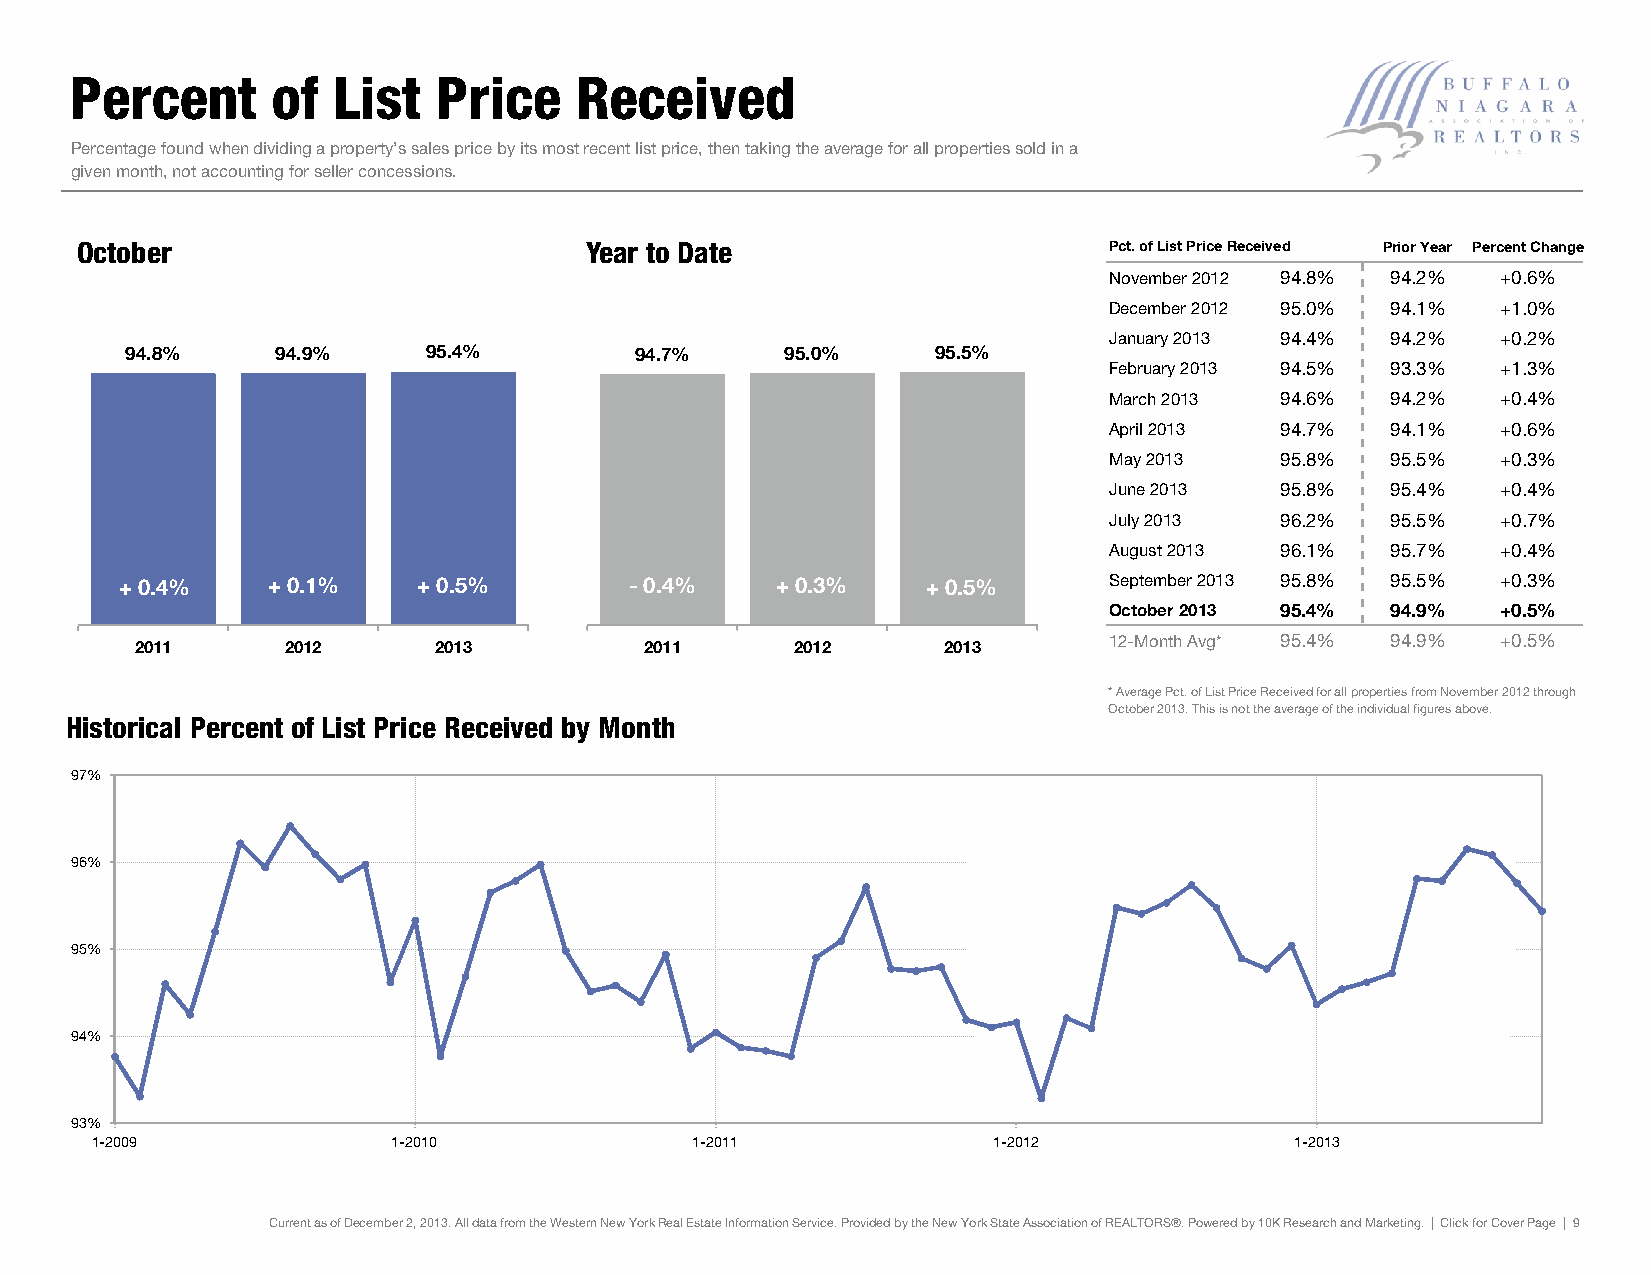
Percent      of  List   Price    Received
 Percentage found when dividing a property’s sales price by its most recent list price, then taking the average for all properties sold in a
 given month, not accounting for seller concessions.
 OOccttoobbeerr                    YYeeaarr ttoo DDaattee            Pct. of List Price Received Prior Year Percent Change
 November 2012 94.8% 94.2% +0.6%
 December 2012 95.0% 94.1% +1.0%
 January 2013 94.4% 94.2%  +0.2%
 9944..88%% 9944..99%% 9955..44%%  9944..77%% 9955..00%% 9955..55%%
 February 2013 94.5% 93.3% +1.3%
 March 2013  94.6%  94.2%  +0.4%
 April 2013  94.7%  94.1%  +0.6%
 May 2013    95.8%  95.5%  +0.3%
 June 2013   95.8%  95.4%  +0.4%
 July 2013   96.2%  95.5%  +0.7%
 August 2013 96.1%  95.7%  +0.4%
 ++ 00..44%% ++ 00..11%% ++ 00..55%% --00..44%% ++ 00..33%% ++ 00..55%% September 2013 95.8% 95.5% +0.3%
 October 2013 95.4% 94.9%  +0.5%
 22001111  22001122  22001133      22001111  22001122 22001133   12-Month Avg* 95.4% 94.9% +0.5%
 * Average Pct. of List Price Received for all properties from November 2012 through
 October 2013. This is not the average of the individual figures above.
 Historical Percent of List Price Received by Month
 97%
 96%
 95%
 94%
 93%
 1-2009              1-2010              1-2011              1-2012              1-2013
 Current as of December 2, 2013. All data from the Western New York Real Estate Information Service. Provided by the New York State Association of REALTORS®. Powered by 10K Research and Marketing. | Click for Cover Page | 9